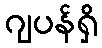
ဂျပန်ရှိ